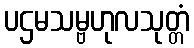
ပဌမသမ္ဗဟုလသုတ္တံ